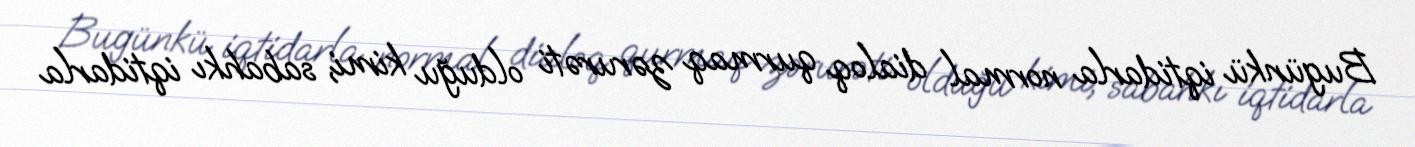
Bugünkü iqtidarla normal dialoq qurmaq zərurəti olduğu kimi, sabahkı iqtidarla